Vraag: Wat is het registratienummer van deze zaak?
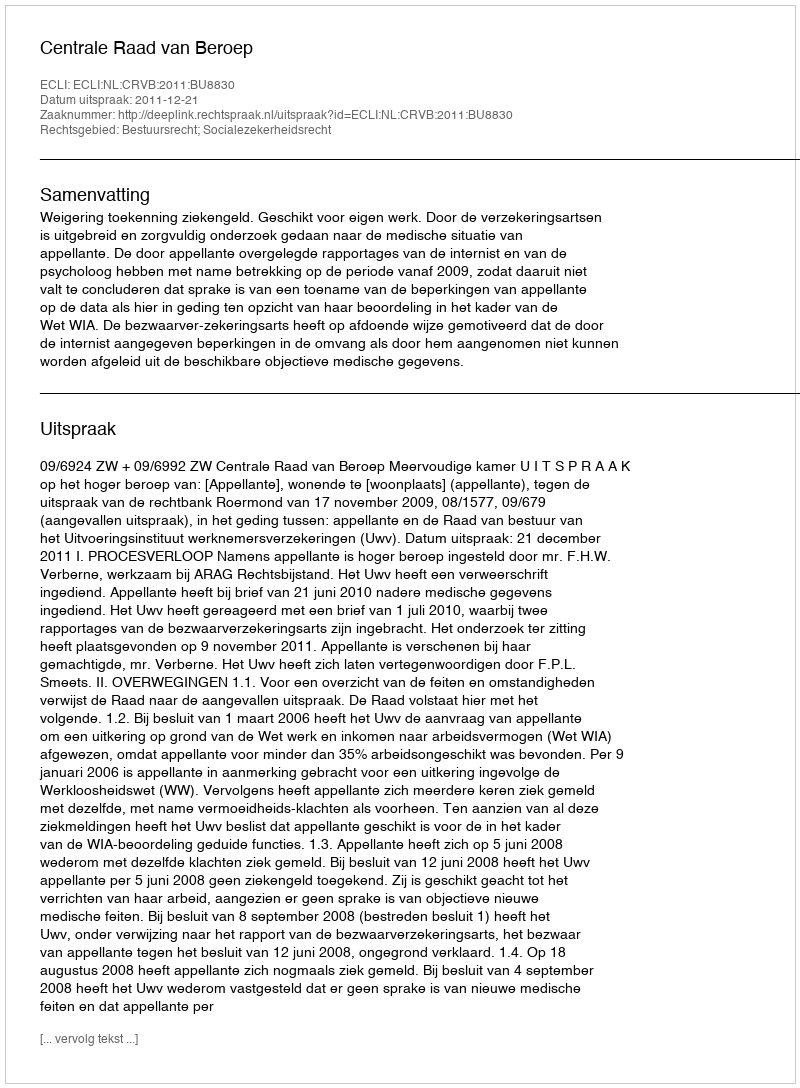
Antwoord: http://deeplink.rechtspraak.nl/uitspraak?id=ECLI:NL:CRVB:2011:BU8830